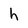
Character: h